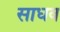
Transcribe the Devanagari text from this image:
साधव